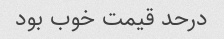
درحد قیمت خوب بود